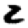
Digit: 2